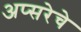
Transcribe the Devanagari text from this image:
अप्सरेचे